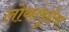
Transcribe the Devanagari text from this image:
लोकांमुळेच